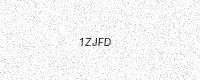
Text: 1ZJFD